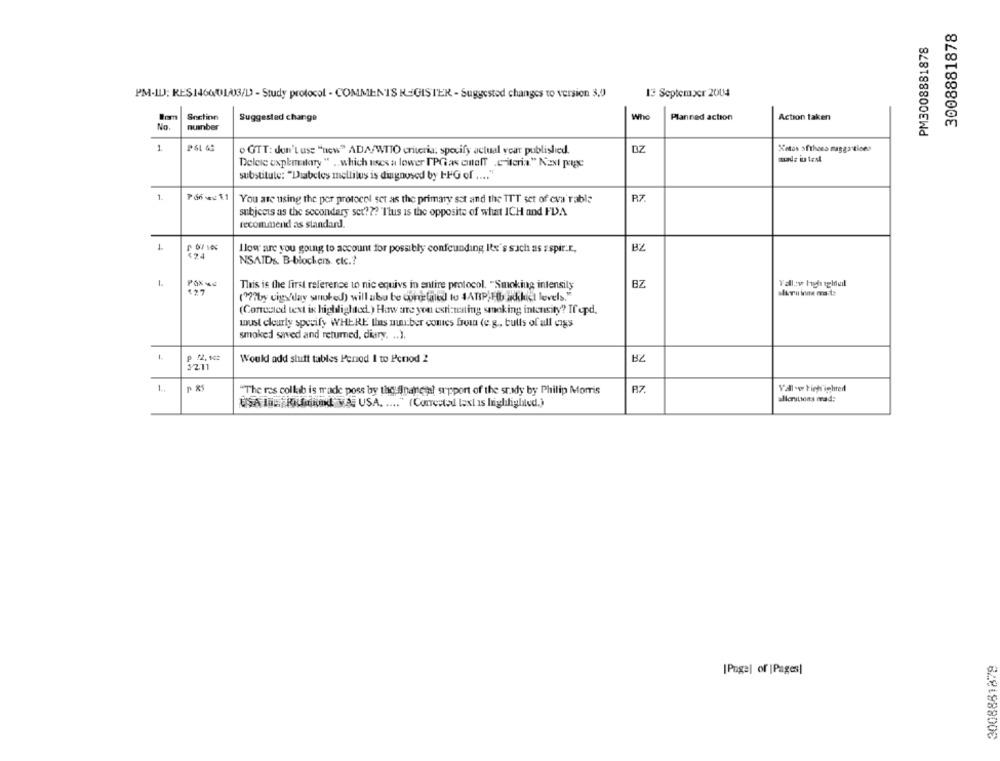
3008881878
PM3008881878
13 September 2004
PM-ILJ; RES1460013/D - Study protocol - COMMENTS REGISTER - Suggested changes to version 3,0
Snctinn
Who
Suggested change
Planned action
Action taken
No
number
1
P&L 6G
o GTT: don't use "new" ADA/WTTO criteria: specify actual year published.
DZ
Ketos xfrhoes maggstices
Delete explmentary " .. which uses a lower ['PGias cutoff .Criteria." Next page
substitute: "Diabetes mellitus is diagnosed by IFG of .... "
1.
R7.
You are using the per protocol set as the primary set and the TTT set of cva rable
subjects as the secondary set ??? "This is the opposite of what ICH and FDA
recommend as standard.
1
llow are you going to account for possibly confounding Itx's such as zspir.r.
BZ
NSAIDs. B-blockers etc .?
1.
POX-
This is the first reference in nic equivs in entire protocol. "Smoking intensily
BZ
Yallow high ighuil
477
( ??? by cigs/day smoked) will also be curelated to &AMP; Hb addict levels."
(Corrected text ix highlighted.) How are you estimating smoking intensity ?? If epd.
must clearly specify WHERE Ihas muu:ber comes from (e.g ., bulls of all cigs
smoked saved and returned, diary. .. ).
1211
Would add slutt tables Period I to Period 2
BZ
1.
P RS
B7.
Yall -w tich ighed
"The res colkib is made poss by the financial support of the study by Philip Morris
USA IBERUfikk MEE USA. .... " (Corrected text is highlighted.)
allerstiens mad:
2008881879
[Page] of |Pages]